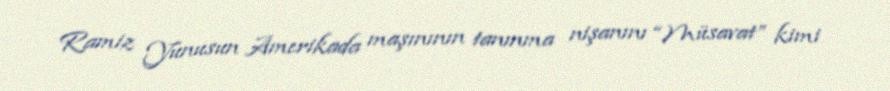
Ramiz Yunusun Amerikada maşınının tanınma nişanını “Müsavat” kimi